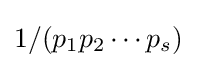
1/(p_{1}p_{2}\cdots p_{s})